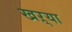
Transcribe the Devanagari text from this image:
खऱ्या